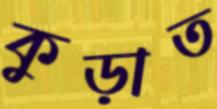
কুড়াত